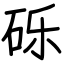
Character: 砾